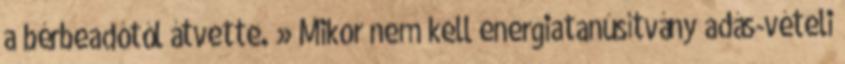
a bérbeadótól átvette. » Mikor nem kell energiatanúsítvány adás-vételi